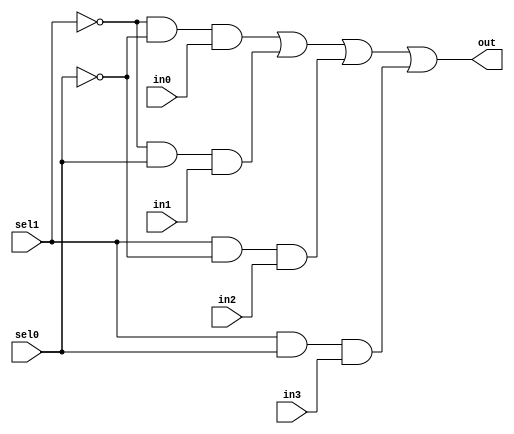
`timescale 1ns / 1ps
//////////////////////////////////////////////////////////////////////////////////
// Company: 
// Engineer: 
// 
// Design Name: 
// Module Name:    MUX4to1 
// Project Name: 
// Target Devices: 
// Tool versions: 
// Description: 
//
// Dependencies: 
//
// Revision: 
// Revision 0.01 - File Created
// Additional Comments: 
//
//////////////////////////////////////////////////////////////////////////////////
module MUX4to1(in0,in1,in2,in3,sel1,sel0,out
    );
input in0,in1,in2,in3,sel1,sel0;
output out;

assign out=(!sel1 & !sel0 & in0)|(!sel1 & sel0 & in1)|(sel1 & !sel0 & in2)|(sel1 & sel0 & in3);

endmodule